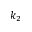
k _ { 2 }